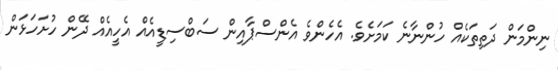
ނިންމަން ދަތިތަކެއް ހުންނާނެ ކަމަށެވެ. އެހެންވެ އެންސްޕާއިން ސަބްސިޑީއެއް އެހީއެއް ދޭން ހުށަހަޅަން